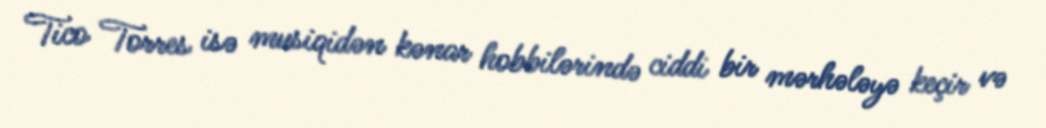
Tico Torres isə musiqidən kənar hobbilərində ciddi bir mərhələyə keçir və